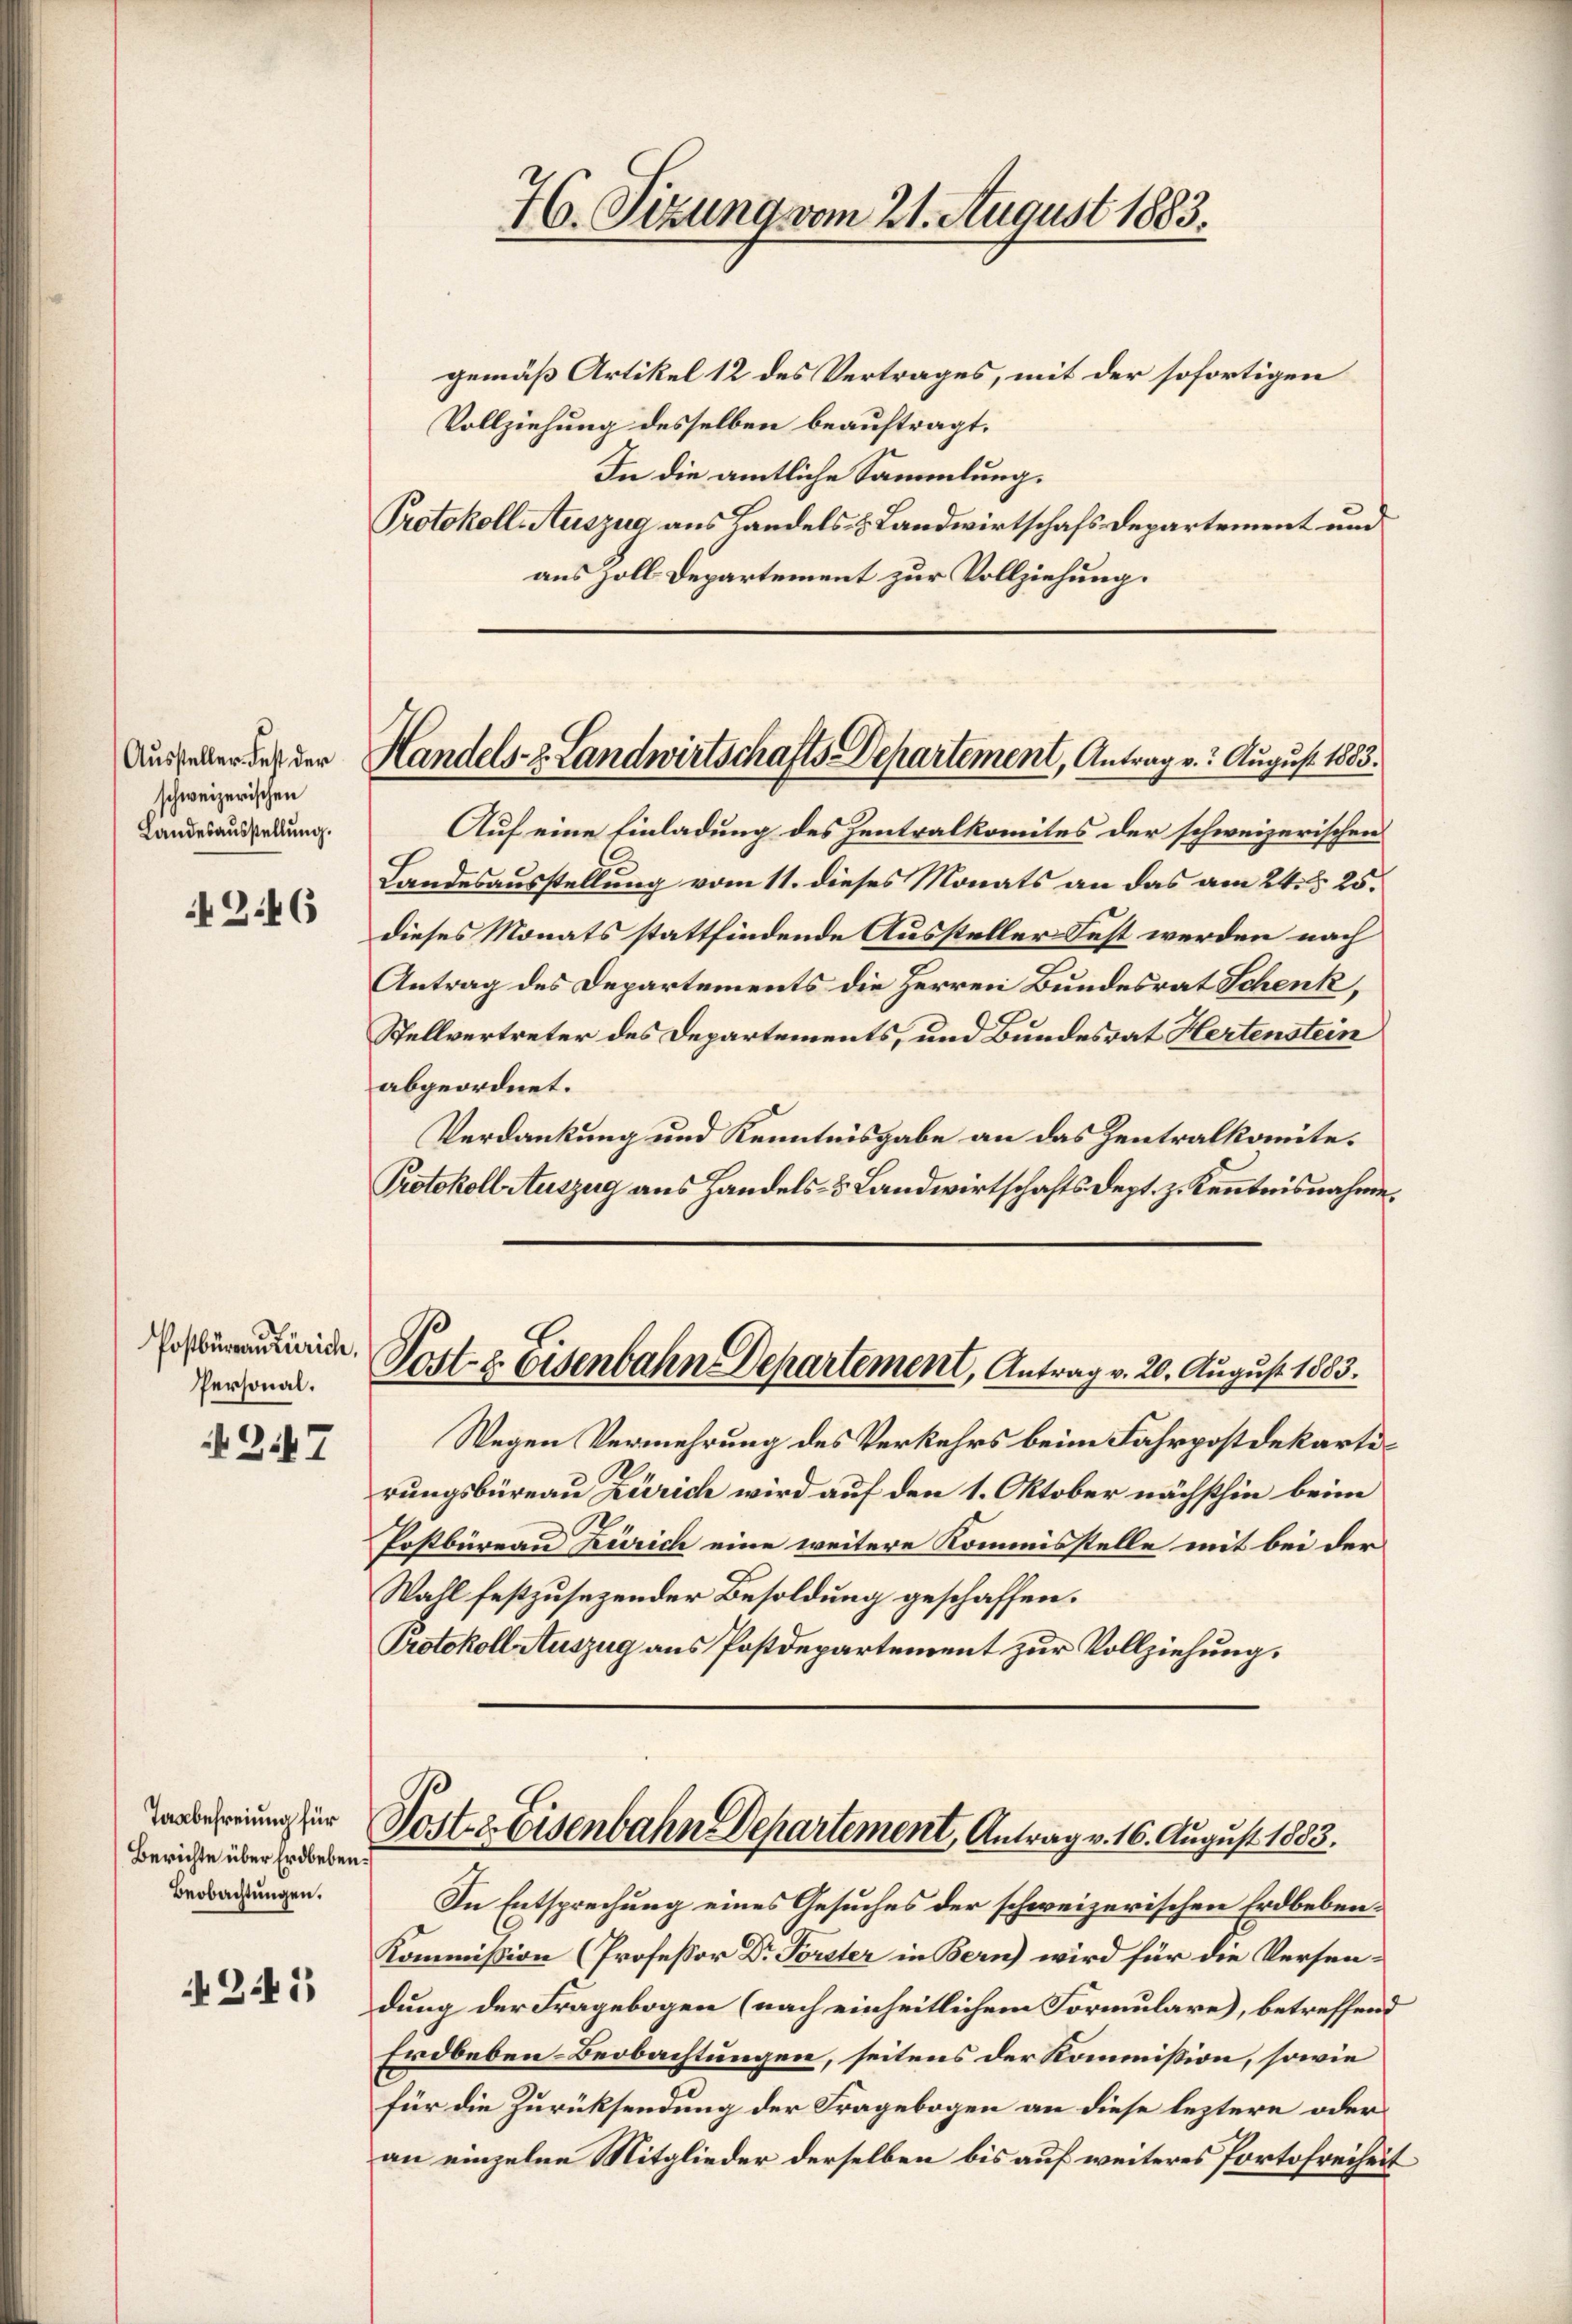
Aussteller Fest der
schweizerischen
Landesausstellŭng.

2.46

Postbureau Zürich.
Personal.

247

Taabefreiung für
Berichte über Erdbeben.
Beobachtungen.

2.1

gemäß Artikel 12 des Vertrages, mit der sofortigen
Vollziehung desselben beauftragt.
In die amtliche Sammlung.
Protokoll-Auszug aus Handels- & Landwirtschafs Departement und
aus soll Departement zur Vollziehung.

Auf eine Einladung des Zentralkomites der schweizerischen
Landesausstellung vom 11. dieses Monats an das am 24. d. 25.
dieses Monats stattfindende Aussteller Fest werden nach
Antrag des Departements die Herren Bundesrat Schenk,
Stellvertreter des Departements, und Bundesrat Hertenstein
abgeordnet.
Verdankung und Kenntnisgabe an das Zentralkomite.
Protokoll Auszug aus Handels- & Landwirtschaftsdept. z. Kenntnisnahme.
Post- & Eisenbahn Departement, Antrag v. 20. August 1883.
Wegen Vermehrung des Verkehrs beim Fahrpostdekartirungsbüreau Zürich wird auf den 1. Oktober nächsthin beim
Postbüreau Zürich eine weitere Kommisstelle mit bei der
Wahl festzusezender Besoldung geschaffen.
Protokoll Auszug aus Postdepartement zur Vollziehung.

76. Sizung vom 21. August 1883.

Handels- Landwirtschafts Departement, Antrag v. 3. August 1883.

Post Eisenbahn Departement, Antrag v. 16. August 1883.

In Entsprechung eines Gesuches der schweizerischen Erdbeben¬
Kommission (Professor Dr Forster in Bern) wird für die Versendung der Fragebogen (nach einheitlichem Formulare), betreffend
Erdbeben-Beobachtungen, seitens der Kommission, sowie
für die Zurücksendung der Fragebogen an diese leztere oder
an einzelne Mitglieder derselben bis auf weiteres Portofreiheit